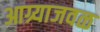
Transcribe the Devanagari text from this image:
आग्र्याजवळ